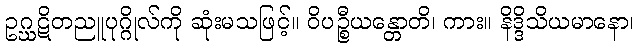
ဥဂ္ဃဋိတညူပုဂ္ဂိုလ်ကို ဆုံးမသဖြင့်။ ဝိပဉ္စီယန္တောတိ၊ ကား။ နိဒ္ဒိသိယမာနော၊